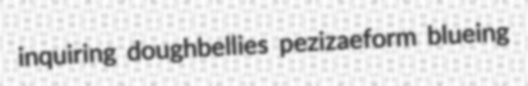
inquiring doughbellies pezizaeform blueing